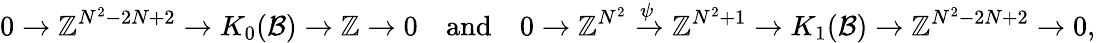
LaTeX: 0\rightarrow\mathbb{Z}^{N^{2}-2N+2}\rightarrow K_{0}(\mathcal{B})\rightarrow\mathbb{Z}\rightarrow 0\quad\mathrm{and}\quad 0\rightarrow\mathbb{Z}^{N^{2}}\xrightarrow{\psi}\mathbb{Z}^{N^{2}+1}\rightarrow K_{1}(\mathcal{B})\rightarrow\mathbb{Z}^{N^{2}-2N+2}\rightarrow 0,